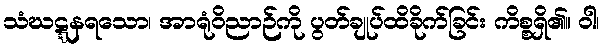
သံဃဋ္ဋနရသော၊ အာရုံဝိညာဉ်ကို ပွတ်ချုပ်ထိခိုက်ခြင်း ကိစ္စရှိ၏။ ဝါ၊